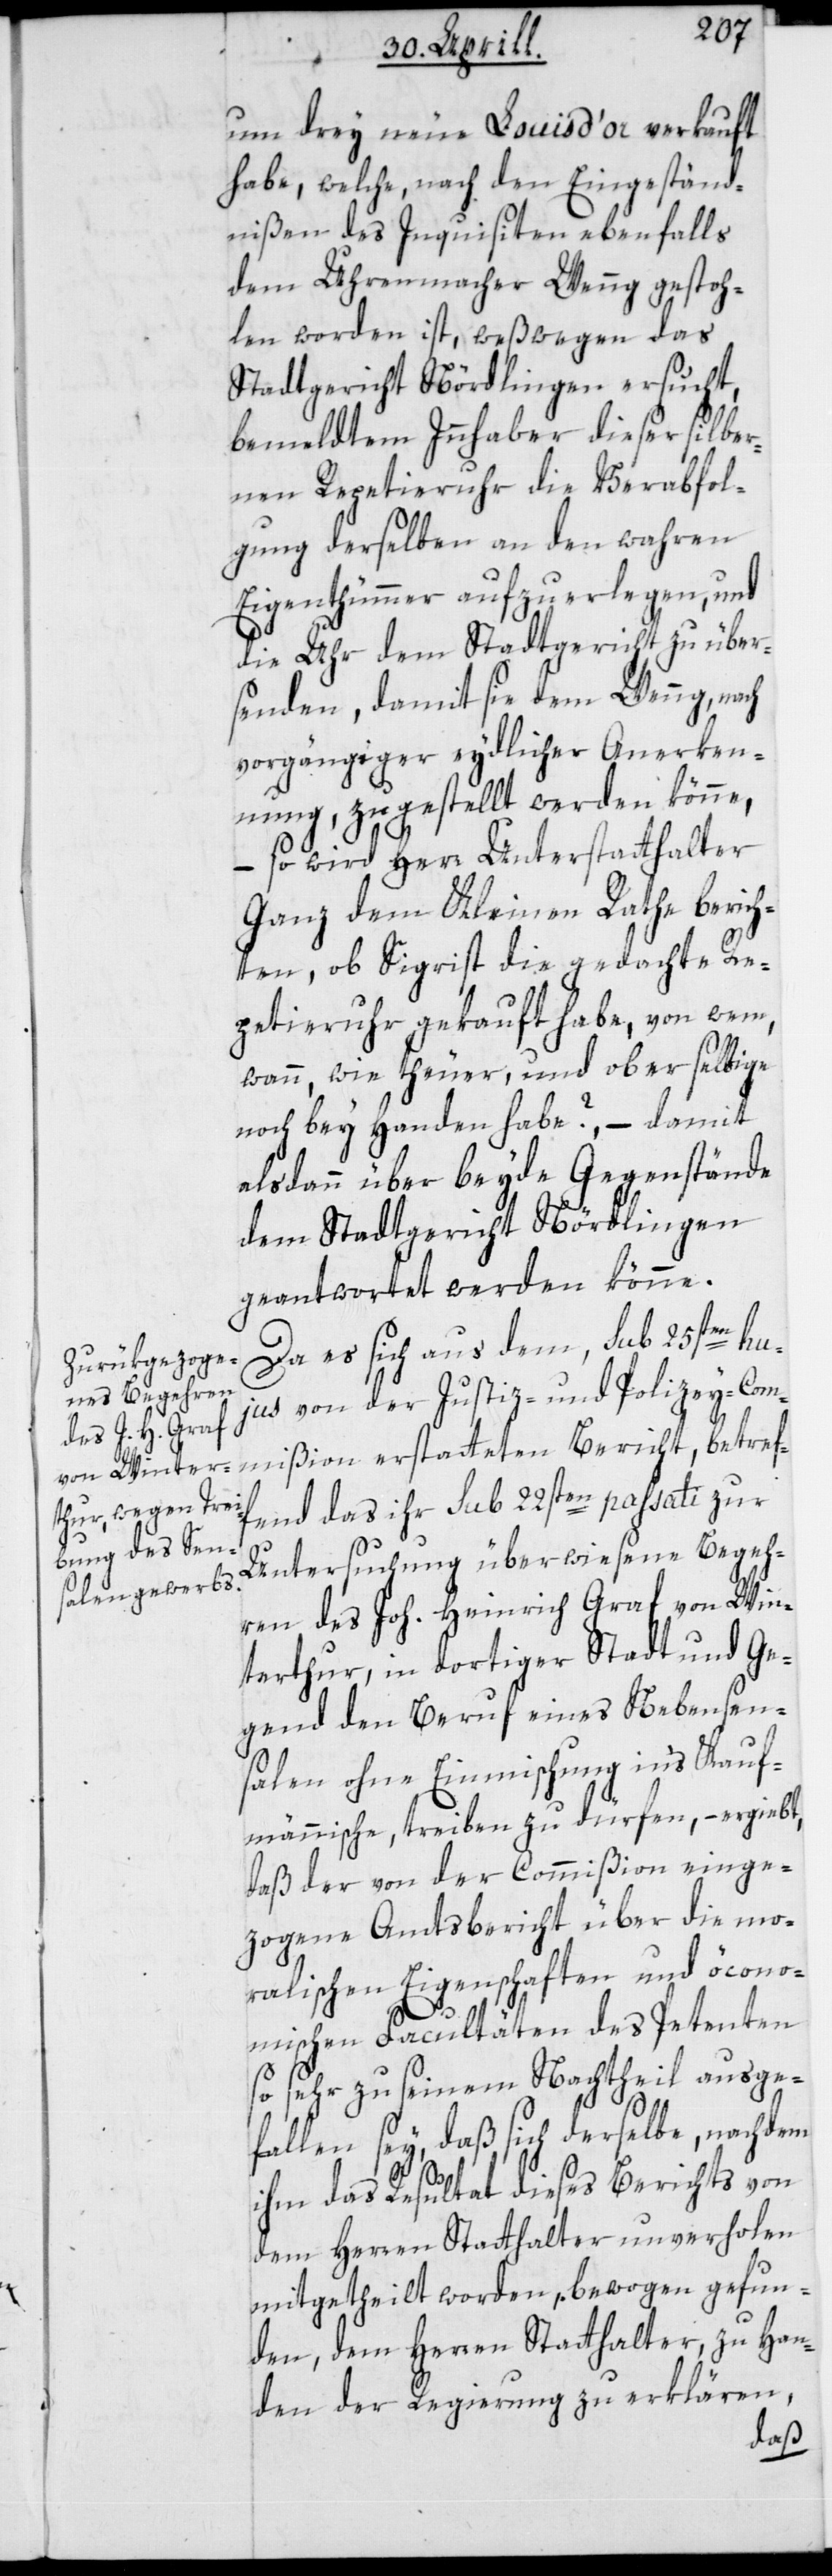
um drey neue Louis d’or verkauft
habe, welche, nach den Eingeständ¬
nißen des Inquisiten ebenfalls
dem Uhrmacher Wenng gestoh¬
len worden ist, weßwegen das
Stadtgericht Nördlingen ersucht,
bemeldtem Innhaber dieser silber¬
nen Repertieruhr die Verabfol¬
gung derselben an den wahren
Eigentümmer aufzuerlegen, und
die Uhr dem Stadtgericht zu über¬
senden, damit sie dem Wenng, nach
vorgängiger eydlicher Anerkenn¬
ung, zugestellt werden könne,
– so wird Herr Unterstatthalter
Ganz dem Kleinen Rathe bericht¬
en, ob Sigrist die gedachte Re¬
petieruhr gekauft habe, von wem,
wann, wie theuer, und ob er selbige
noch bey Handen habe? – damit
alsdann beyde Gegenstände
dem Stadtgericht Nördlingen
geantwortet werden könne.
Da es sich aus dem, sub 25sten hu¬
jus von der Justiz- und Polizey-Com¬
end das ihr sub 22sten passati zur
Untersuchung überwiesene Begeh¬
ren des Joh. Heinrich Graf von Win¬
terthur, in dortiger Stadt und Ge¬
gend den Beruf eines Nebensen¬
salen ohne Einmischung ins Kauf¬
männische, treiben zu dürfen, – ergiebt,
daß der von der Commißion einge¬
zogene Amtsbericht über die mo¬
ralischen Eigenschaften und öcono¬
betreff¬
mischen Facultäten des Petenten
so sehr zu seinem Nachtheil ausge¬
fallen sey, daß sich derselbe, nachdem
ihm das Resultat dieses Berichts von
dem Herren Statthalter unverhohlen
mitgetheilt worden, bewogen gefun¬
den, dem Herren Statthalter, zu Han¬
den der Regierung zu erklären,